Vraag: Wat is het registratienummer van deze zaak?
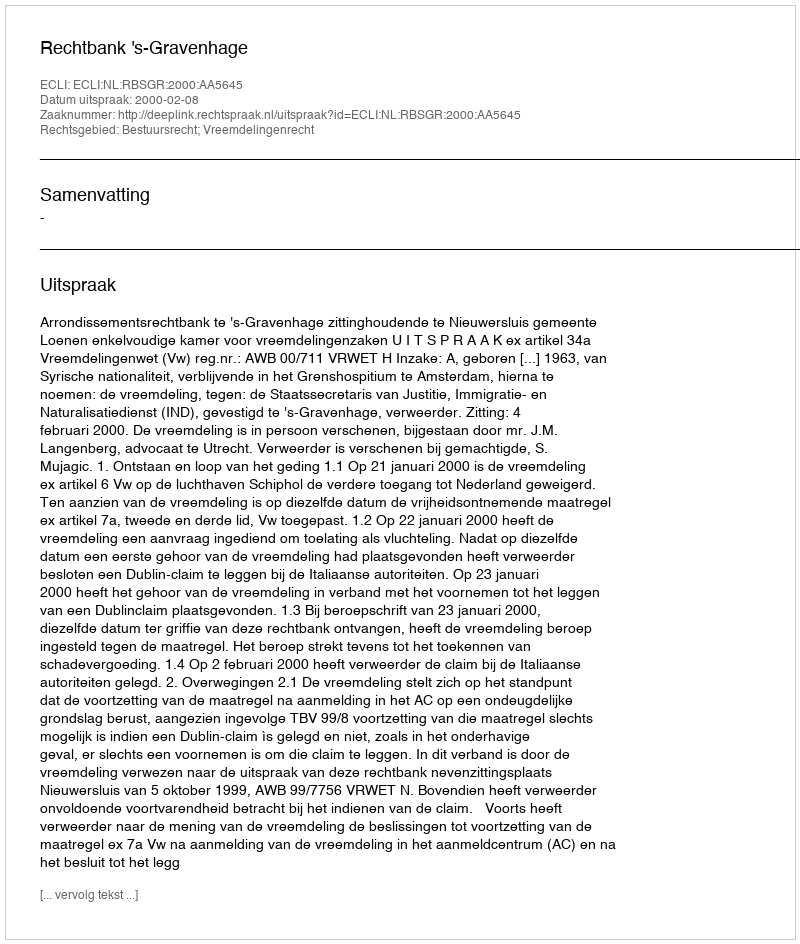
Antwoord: http://deeplink.rechtspraak.nl/uitspraak?id=ECLI:NL:RBSGR:2000:AA5645